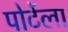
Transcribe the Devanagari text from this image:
पोर्टेला